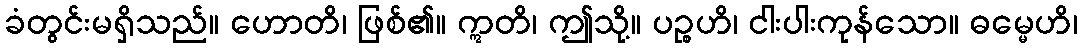
ခံတွင်းမရှိသည်။ ဟောတိ၊ ဖြစ်၏။ ဣတိ၊ ဤသို့။ ပဉ္စဟိ၊ ငါးပါးကုန်သော။ ဓမ္မေဟိ၊